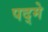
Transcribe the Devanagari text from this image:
पद्मे